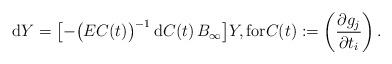
LaTeX: \begin{align*} {\rm d}Y=\big[{-}\big(EC(t)\big)^{-1}\,{\rm d}C(t)\,B_{\infty}\big]Y, \mbox{for} C(t):=\left(\frac{\partial g_j}{\partial t_i}\right).\end{align*}